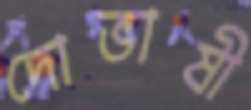
দোভাষী